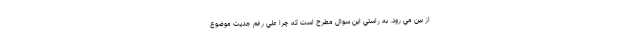
از بين مي رود. به راستي اين سوال مطرح است كه چرا علي رغم جديت موضوع